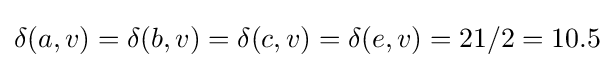
\delta (a,v)=\delta (b,v)=\delta (c,v)=\delta (e,v)=21/2=10.5